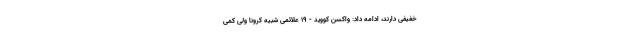
خفیفی دارند، ادامه داد: واکسن کووید - ۱۹ علائمی شبیه کرونا ولی کمی